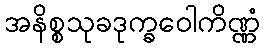
အနိစ္စသုခဒုက္ခဝေါကိဏ္ဏံ